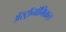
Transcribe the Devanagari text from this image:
अॅस्ट्रॉनॉमिकल